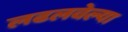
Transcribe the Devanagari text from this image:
लढलवेल्या